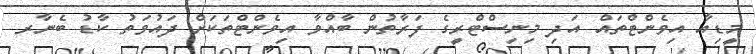
މީޑިއާ އިވެންޓްތައް އަދި މިނިސްޓްރީގެ ފަރާތުން ބާއްވާ އިވެންޓްތަކަށް ދައުވަތު ކާޑު ބެނާރ